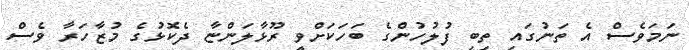
ނަމަވެސް އެ ތަނުގައި ތިބި ފުލުހުންގެ ބަހަކަށްވީ ރޫޅާލަންޏާ ދެކޮޅުގެ މުޒާހަރާ ވެސް